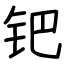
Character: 钯